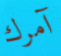
آمرك